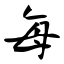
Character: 每